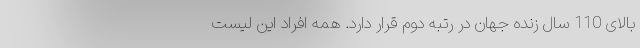
بالای 110 سال زنده جهان در رتبه دوم قرار دارد. همه افراد این لیست